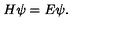
H \psi = E \psi .